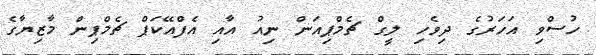
ހުސްވި އަހަރުގެ ދިވެހި ލީގް ޗެމްޕިއަން ނިއު އާއި އެފްއޭކަޕް ޗެމްޕިން މާޒިޔާގެ